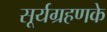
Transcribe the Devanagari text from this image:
सूर्यग्रहणके